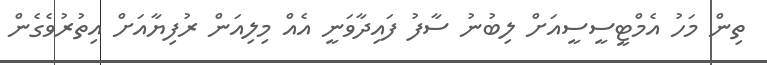
ތިން މަހު އެމްޓީސީސީއަށް ލިބުނު ސާފު ފައިދާވަނީ އެއް މިލިއަން ރުފިޔާއަށް އިތުރުވެގެން